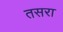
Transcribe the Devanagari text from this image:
तसरा